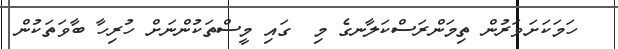
ހަމަކަށަވަރުން ތިމަންރަސްކަލާނގެ މި  ގައި މީސްތަކުންނަށް ހުރިހާ ބާވަތަކުން